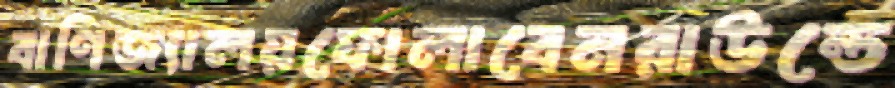
বাণিজ্যালয়ফোলাবেনরাউন্ডে